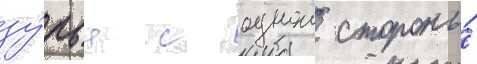
зу́бья с однои стороны́